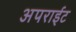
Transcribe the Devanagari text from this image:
अपराईट